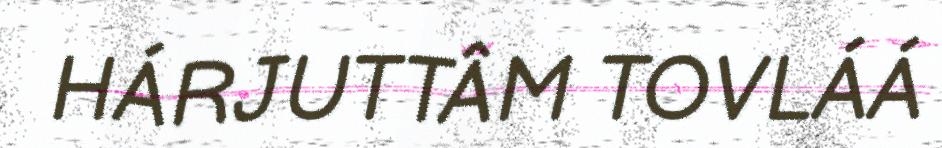
HÁRJUTTÂM TOVLÁÁ